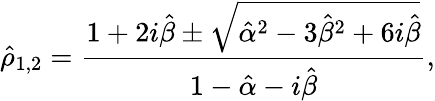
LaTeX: \hat{\rho}_{1,2}=\frac{1+2i\hat{\beta}\pm\sqrt{\hat{\alpha}^{2}-3\hat{\beta}^{2}+6i\hat{\beta}}}{1-\hat{\alpha}-i\hat{\beta}},